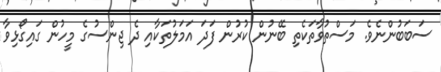
ސަބަބުންނެވެ. މަސްތުވާތަކެތި ބޭނުން ކުރުން ފަދަ އަމަލުތަކާއި ދެ ޖިންސުގެ މީހުން ގައިގޯޅިވާ